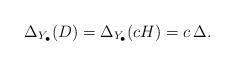
LaTeX: \begin{align*} \Delta_{Y_\bullet}(D)=\Delta_{Y_\bullet}(cH)=c\,\Delta. \end{align*}